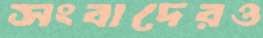
সংবাদেরও